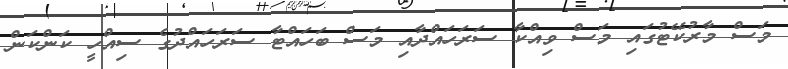
މަސް މާރުކޭޓުގައި މަސް ވިއްކާ ސަރަހައްދާއި މަސް ބަހައްޓާ ސަރަހައްދުގެ ސިއްހީ ކަންކަން